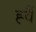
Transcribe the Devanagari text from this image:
ह्वैं